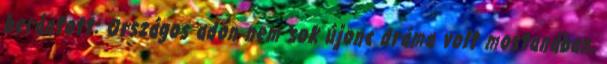
berántott: Országos adón nem sok újonc dráma volt mostanában,